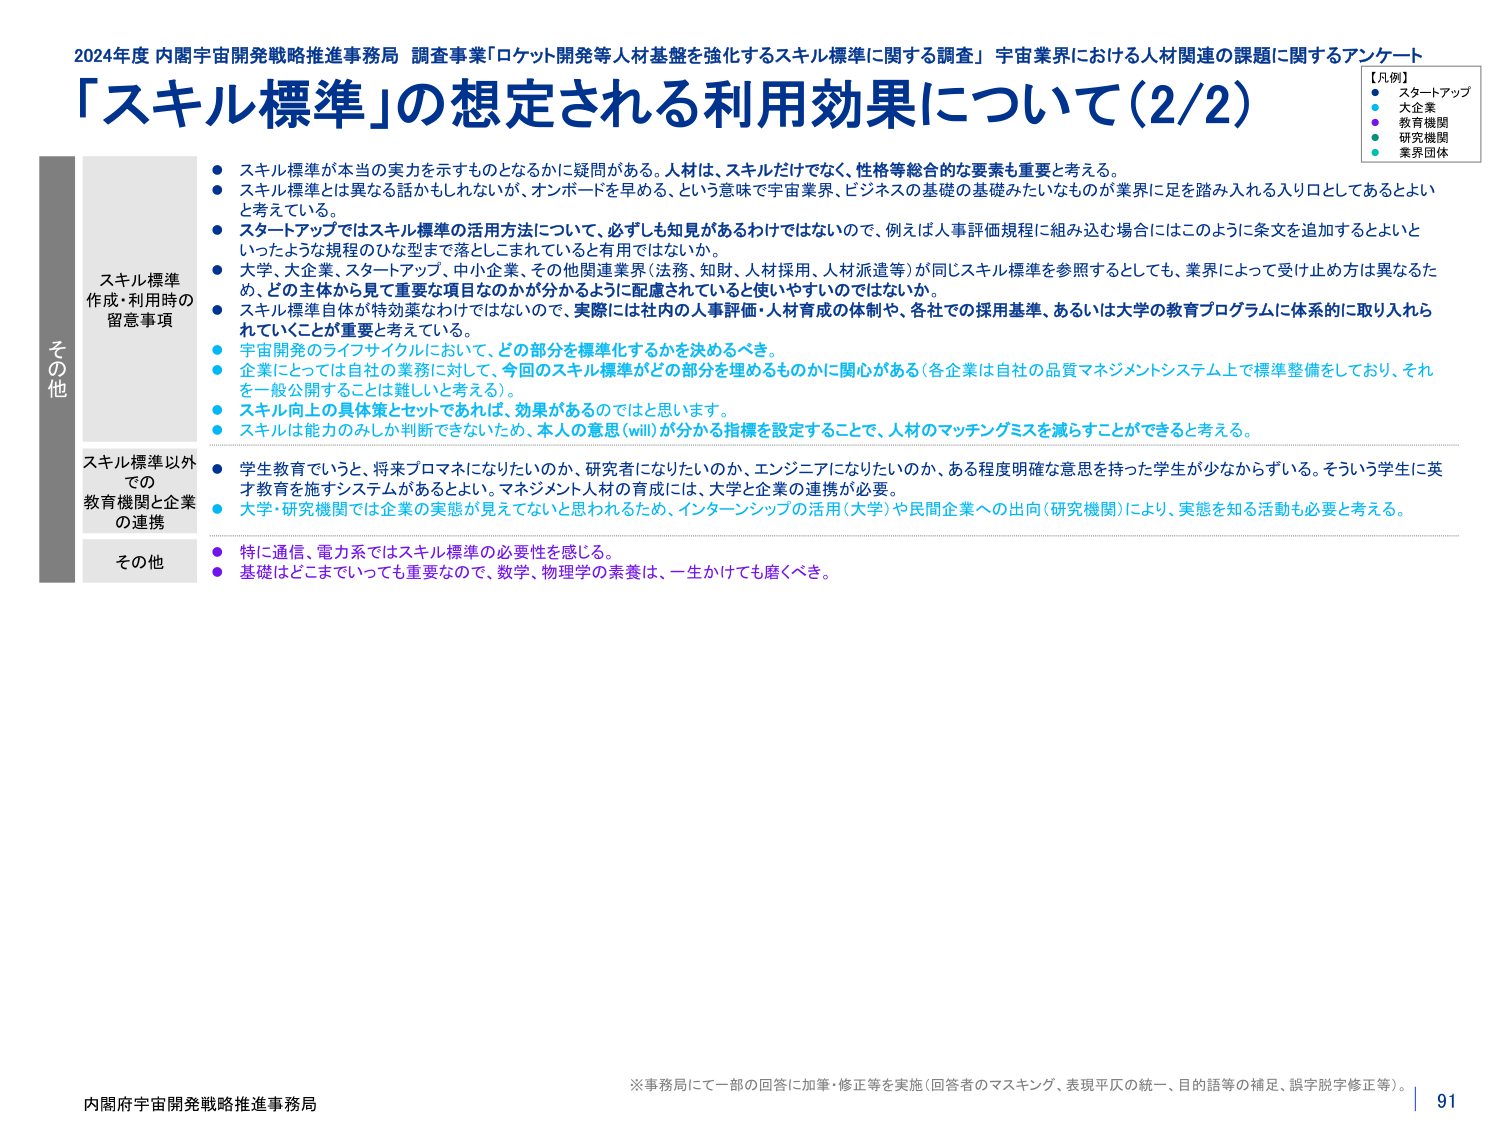
2024年度 内閣宇宙開発戦略推進事務局 調査事業「ロケット開発等人材基盤を強化するスキル標準に関する調査」 宇宙業界における人材関連の課題に関するアンケート
「スキル標準」の想定される利用効果について（2/2）

【凡例】
● スタートアップ
● 大企業
● 教育機関
● 研究機関
● 業界団体

その他
スキル標準
作成・利用時の
留意事項
● スキル標準が本当の実力を示すものとなるかに疑問がある。人材は、スキルだけでなく、性格等総合的な要素も重要と考える。
● スキル標準とは異なる話かもしれないが、オンボードを早める、という意味で宇宙業界・ビジネスの基礎の基礎みたいなものが業界に足を踏み入れる入り口としてあるとよいと考えている。
● スタートアップではスキル標準の活用方法について、必ずしも知見があるわけではないので、例えば人事評価規程に組み込む場合にはこのように条文を追加するとよいといったような規程のひな型まで落とし込まれていると他有用ではないか。
● 大学、大企業、スタートアップ、中小企業、その他関連業界（法務、知財、人材採用、人材派遣等）が同じスキル標準を参照するとしても、業界によって受け止め方は異なるため、どの主体から見て重要な項目なのかが分かるように配慮されていると使いやすいのではないか。
● スキル標準自体が特効薬なわけではないので、実際には社内の人事評価・人材育成の体制や、各社での採用基準、あるいは大学の教育プログラムに体系的に取り入れられていくことが重要と考えている。
● 宇宙開発のライフサイクルにおいて、どの部分を標準化するかを決めるべき。
● 企業にとっては自社の業務に対して、今回のスキル標準がどの部分を埋めるものかに関心がある（各企業は自社の品質マネジメントシステム上で標準整備をしており、それを一般公開することは難しいと考える）。
● スキル向上の具体策とセットであれば、効果があるのではないかと思います。
● スキルは能力のみしか判断できないため、本人の意思（will）が分かる指標を設定することで、人材のマッチングミスを減らすことができると考える。

スキル標準以外
での
教育機関と企業
の連携
● 学生教育でいうと、将来プロマネになりたいのか、研究者になりたいのか、エンジニアになりたいのか、ある程度明確な意思を持った学生が少なからずいる。そういう学生に英才教育を施すシステムがあるとよい。マネジメント人材の育成には、大学と企業の連携が必要。
● 大学・研究機関では企業の実態が見えてないと思われるため、インターンシップの活用（大学）や民間企業への出向（研究機関）により、実態を知る活動も必要と考える。

その他
● 特に通信、電力系ではスキル標準の必要性を感じる。
● 基礎はどこまでいっても重要なので、数学、物理学の素養は、一生かけても磨くべき。

※事務局にて一部の回答に加筆・修正等を実施（回答者のマスキング、表現平仄の統一、目的語等の補足、誤字脱字修正等）。
内閣府宇宙開発戦略推進事務局
91